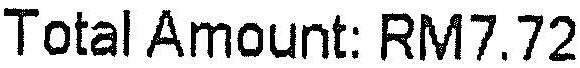
TOTAL AMOUNT: RM7.72